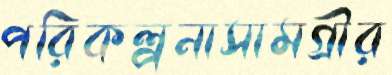
পরিকল্পনাসামগ্রীর